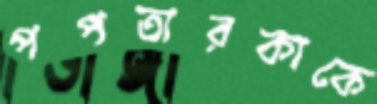
পপতারকাকে